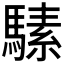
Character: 𱄩